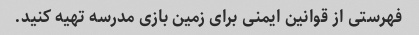
فهرستی از قوانین ایمنی برای زمین بازی مدرسه تهیه کنید.